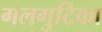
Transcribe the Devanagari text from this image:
गलगुटिका